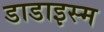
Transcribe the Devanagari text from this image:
डाडाइस्म